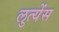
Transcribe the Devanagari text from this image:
लुत्येंस